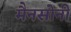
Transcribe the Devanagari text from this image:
मैनसोनी